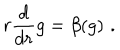
r \frac { d } { d r } g = \beta ( g ) \, \, .